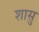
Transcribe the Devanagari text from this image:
शासु